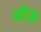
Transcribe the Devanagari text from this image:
औद्ध